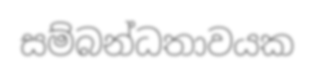
සම්බන්ධතාවයක